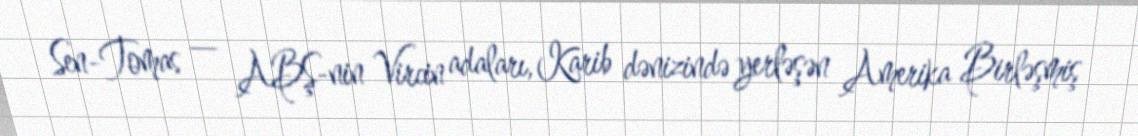
Sen-Tomas — ABŞ-nin Vircin adaları, Karib dənizində yerləşən Amerika Birləşmiş